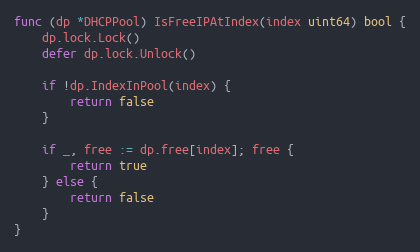
Language: Go
func (dp *DHCPPool) IsFreeIPAtIndex(index uint64) bool {
	dp.lock.Lock()
	defer dp.lock.Unlock()

	if !dp.IndexInPool(index) {
		return false
	}

	if _, free := dp.free[index]; free {
		return true
	} else {
		return false
	}
}